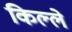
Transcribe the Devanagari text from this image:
किल्‍ले